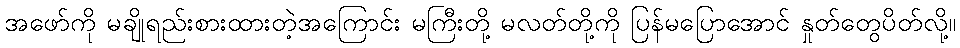
အဖော်ကို မချိုရည်းစားထားတဲ့အကြောင်း မကြီးတို့ မလတ်တို့ကို ပြန်မပြောအောင် နှုတ်တွေပိတ်လို့။